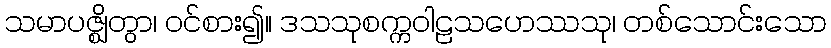
သမာပဇ္ဈိတွာ၊ ဝင်စား၍။ ဒသသုစက္ကဝါဠသဟေဿသု၊ တစ်သောင်းသော